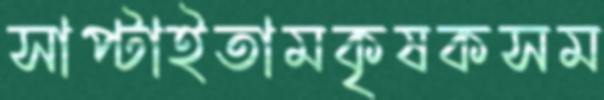
সাপ্‌টাইতামকৃষকসম